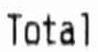
TOTAL